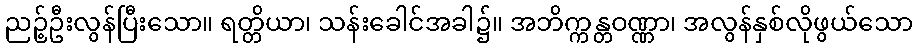
ညဉ့်ဦးလွန်ပြီးသော။ ရတ္တိယာ၊ သန်းခေါင်အခါ၌။ အဘိက္ကန္တဝဏ္ဏာ၊ အလွန်နှစ်လိုဖွယ်သော